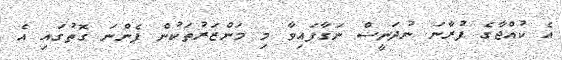
އެ ކުއްޖާގެ ފުރާނަ ނުދަނީސް ނަގާފައިވާ މި މަންޒަރުތަކުން ފެންނަ ގޮތުގައި އެ